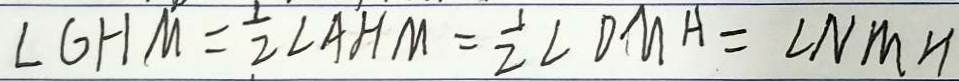
\angle G H M = \frac { 1 } { 2 } \angle A H M = \frac { 1 } { 2 } \angle D M H = \angle N M H